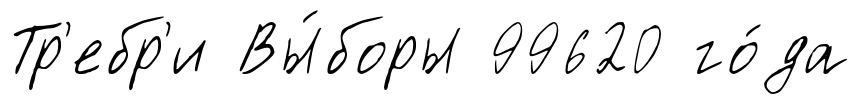
Тр'ебр'и Вы́боры 99620 го́да